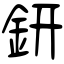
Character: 鈃